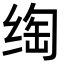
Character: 绹